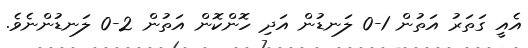
އެއީ ގަތަރު އަތުން 1-0 ލަނޑުން އަދި ހޮންކޮން އަތުން 2-0 ލަނޑުންނެވެ.